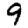
Digit: 9